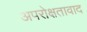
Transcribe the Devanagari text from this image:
अपरोक्षतावाद